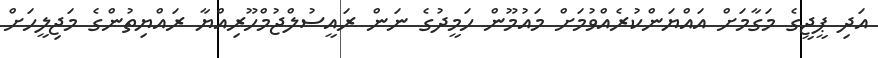
އަދި ޕީޖީގެ މަގާމަށް އައްޔަންކުރެއްވުމަށް މައުމޫން ހަމީދުގެ ނަން ރައީސުލްޖުމްހޫރިއްޔާ ރައްޔިތުންގެ މަޖިލީހަށް